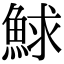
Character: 鯄